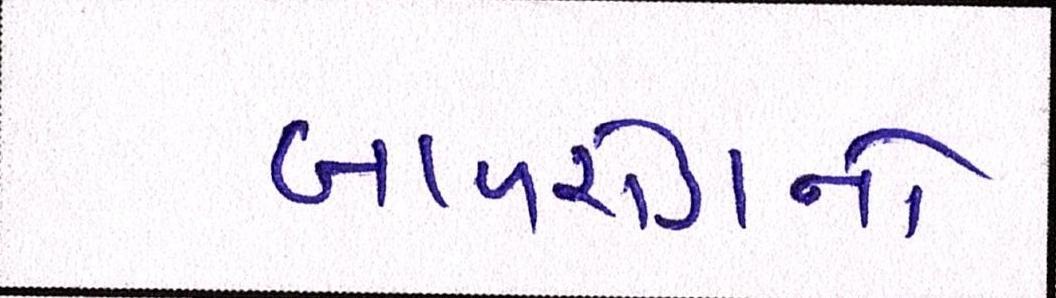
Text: બાળરોગનો